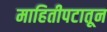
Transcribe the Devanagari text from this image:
माहितीपटातून